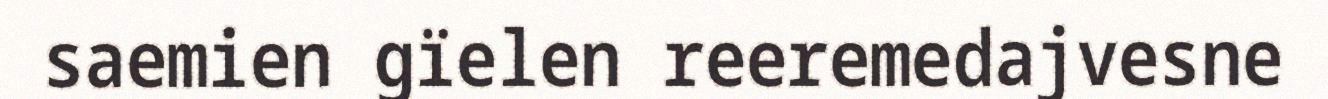
saemien gïelen reeremedajvesne